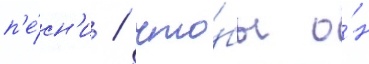
п'е́сн'и / что́бы о́н